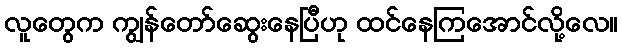
လူတွေက ကျွန်တော်ဆွေးနေပြီဟု ထင်နေကြအောင်လို့လေ။